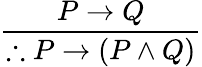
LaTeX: \frac{P\to Q}{\therefore P\to(P\land Q)}